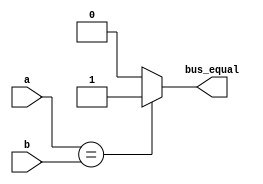
/*
Copyright (c) 2015 Princeton University
All rights reserved.

Redistribution and use in source and binary forms, with or without
modification, are permitted provided that the following conditions are met:
    * Redistributions of source code must retain the above copyright
      notice, this list of conditions and the following disclaimer.
    * Redistributions in binary form must reproduce the above copyright
      notice, this list of conditions and the following disclaimer in the
      documentation and/or other materials provided with the distribution.
    * Neither the name of Princeton University nor the
      names of its contributors may be used to endorse or promote products
      derived from this software without specific prior written permission.

THIS SOFTWARE IS PROVIDED BY PRINCETON UNIVERSITY "AS IS" AND
ANY EXPRESS OR IMPLIED WARRANTIES, INCLUDING, BUT NOT LIMITED TO, THE IMPLIED
WARRANTIES OF MERCHANTABILITY AND FITNESS FOR A PARTICULAR PURPOSE ARE
DISCLAIMED. IN NO EVENT SHALL PRINCETON UNIVERSITY BE LIABLE FOR ANY
DIRECT, INDIRECT, INCIDENTAL, SPECIAL, EXEMPLARY, OR CONSEQUENTIAL DAMAGES
(INCLUDING, BUT NOT LIMITED TO, PROCUREMENT OF SUBSTITUTE GOODS OR SERVICES;
LOSS OF USE, DATA, OR PROFITS; OR BUSINESS INTERRUPTION) HOWEVER CAUSED AND
ON ANY THEORY OF LIABILITY, WHETHER IN CONTRACT, STRICT LIABILITY, OR TORT
(INCLUDING NEGLIGENCE OR OTHERWISE) ARISING IN ANY WAY OUT OF THE USE OF THIS
SOFTWARE, EVEN IF ADVISED OF THE POSSIBILITY OF SUCH DAMAGE.
*/

module bus_compare_equal (a, b, bus_equal);
    parameter WIDTH = 8;
    parameter BHC = 10;

    input [WIDTH-1:0] a, b;
    output wire bus_equal;

    assign bus_equal = (a==b) ? 1'b1 : 1'b0;
endmodule